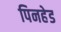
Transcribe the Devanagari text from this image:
पिनहेड